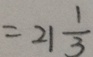
= 2 1 \frac { 1 } { 3 }